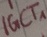
Text: IGCT1